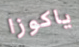
ياكوزا